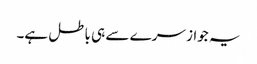
یہ جواز سرے سے ہی باطل ہے۔